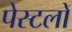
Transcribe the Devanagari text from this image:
पेस्टलों